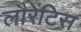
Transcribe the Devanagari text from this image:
लौरेंटिस